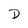
Character: D